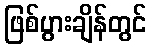
ဖြစ်ပွားချိန်တွင်